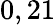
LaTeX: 0,21